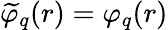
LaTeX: \widetilde{\varphi}_{q}(r)=\varphi_{q}(r)